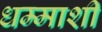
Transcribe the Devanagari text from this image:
धम्माशी